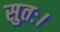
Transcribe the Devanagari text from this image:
सुतः।